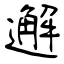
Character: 邂